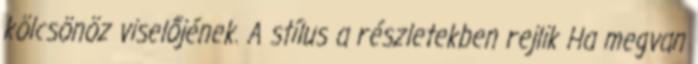
kölcsönöz viselőjének. A stílus a részletekben rejlik Ha megvan